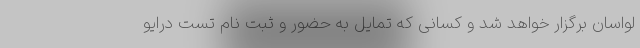
لواسان برگزار خواهد شد و کسانی که تمایل به حضور و ثبت نام تست درایو